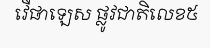
វើផាឡេស ផ្លូវជាតិលេខ៥